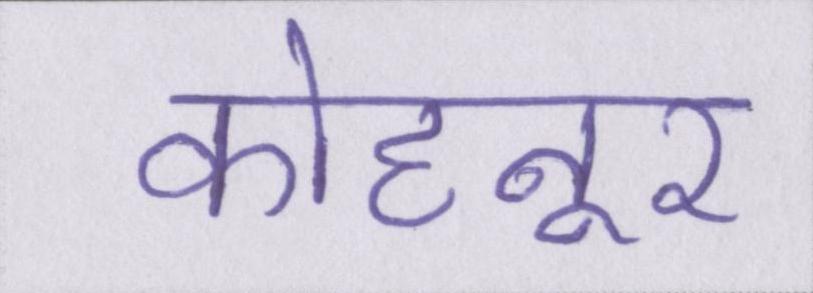
कोहनूर